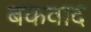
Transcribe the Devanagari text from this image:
बकवाद